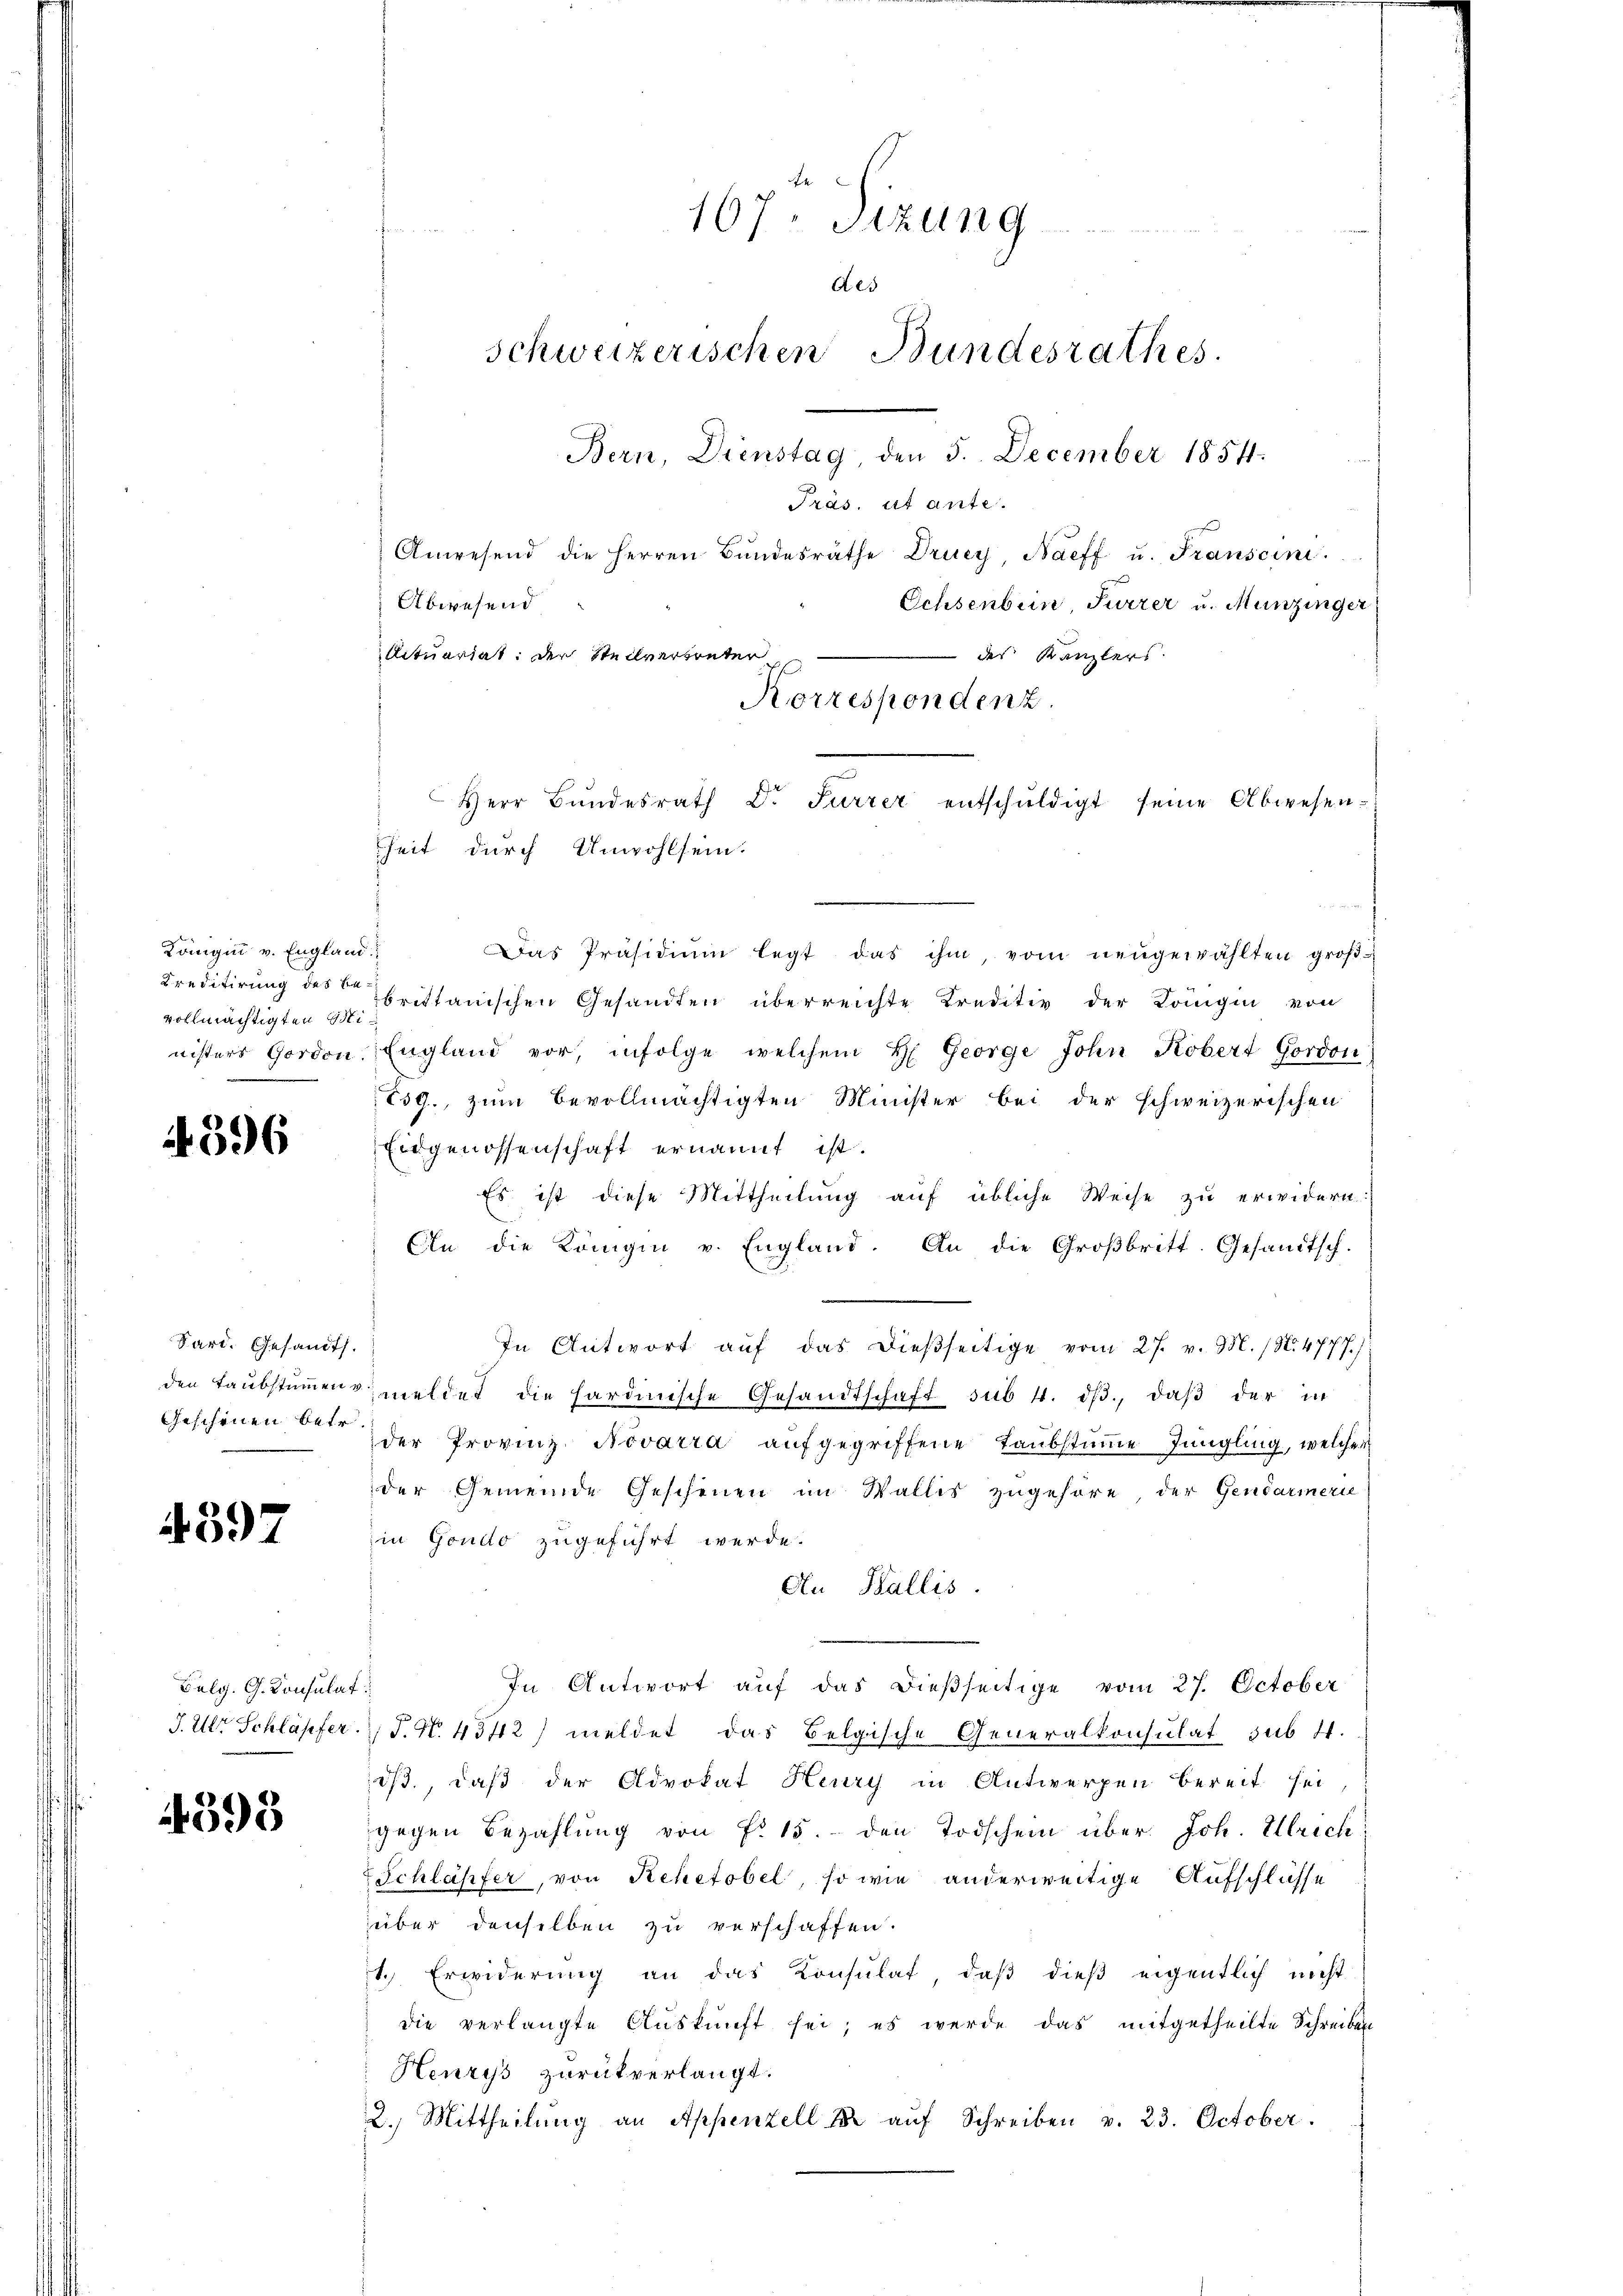
Königin v. England.
vollmächtigten Ministers Gorden.

A. 596

Sard. Gesandts.
den Taubstummen
Geschenen betr

397

Bulg. G. Konsulat
J. Ulr. Schläpfer

4395

Das Präsidiŭm legt das ihm, vom neŭgewählten groβ
Kreditirung des chrittanischen Gesandten überreichte Kreditiv der Königin von
England vor, infolge welchem H. George John Kobert Gordon
259, zum bevollmächtigten Minister bei der schweizerischen
Eidgenossenschaft ernannt ist.
Es ist diese Mittheilung auf übliche Weise zu erwidern:
Cln die Königin v. England. An die Großbritt. Gesandtsch.
o
In Antwort aŭf das dießseitige vom 27. v. 9. / N. 4777.)
meldet die hardinische Gesandtschaft sub 4. dβ., daβ der in
der Provinz Novarra aufgegriffene Taubstumme Jüngling, welcher
der Gemeinde Geschenen im Wallis zugehöre der Gendarmerie
in Gondo zugeführt werde.
An Wallis.
In Antwort aŭf das dießseitige vom 27. October
T. N. 4542) meldet das Belgische Generalkonsulat sub 11.
iß, daß der Advokat Heury in Antwerpen bereit sei
gegen Bezahlung von Fr. 15. den Todschein über Joh. Ulrich,
Schläpfer, von Rehetobel, so wie anderweitige Aufschlüsse
über denselben zu verschaffen.
1.) Erwiderung an das Konsulat, daβ dieβ eigentlich nicht
die verlangte Aŭskŭnft sei; es werde das mitgetheilte Schreiben
Henryss zurückverlangt.
2. Mittheilŭng an Appenzell er aŭf Schreiben v. 23. October.

167. Sizung
des
schweizerischen Bundesrathes.
Bern, Dienstag, den 5. December 1854.
Präs. et ante.
Anwesend die Herren Bŭndesräthe Drucy, Naeff u. Franscini
Abwesend
Ochsenbein, Furrer u. Munzinger

Actuariat der Stellvertreter
des Kanzlers.
Korrespondenz
Herr Bŭndesrath Dr. Furrer entschŭldigt seine Abwesenheit durch Unwohlsein.